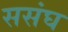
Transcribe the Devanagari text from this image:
ससंघ